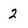
Character: 2